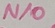
Text: N/O